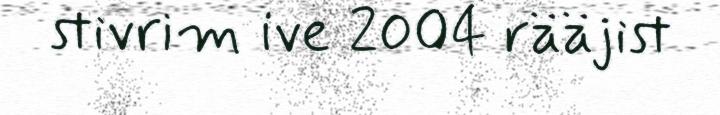
stivrim ive 2004 rääjist